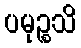
ပမုဉ္စသိ